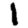
Digit: 1